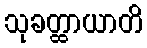
သုခတ္ထာယာတိ